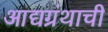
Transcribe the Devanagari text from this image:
आद्यग्रंथाची